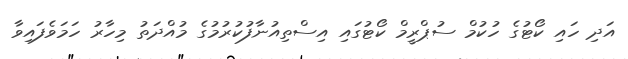
އަދި ހައި ކޯޓުގެ ހުކުމް ސުޕްރީމް ކޯޓުގައި އިސްތިއުނާފުކުރުމުގެ މުއްދަތު މިހާރު ހަމަވެފައިވާ